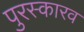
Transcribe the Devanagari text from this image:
पुरस्कारव